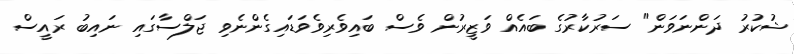
ޝުކުރު ދަންނަވަން" ސަރުކާރުގެ ބައެއް ވަޒީރުން ވެސް ބައިވެރިވެވަޑައިގެންނެވި ޖަލްސާގައި ނައިބު ރައީސް